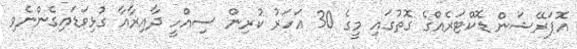
އޮޕަރޭޝަން ޑޮކްޓަރެއްގެ ގޮތުގައި މީގެ 30 އަަހަރު ކުރިން ސިއްހީ ދާއިރާއާ ގުޅިވަޑައިގެންނެވި